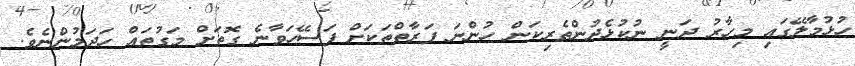
ހުޅުމާލޭގައި މިހާރު ދަނީ ނުކުޅެދުންތެރިކަން ހުންނަ ފަރާތްތަކަށް ފަސޭހަވާނެ ގޮތަށް މަގުތައް ހަދަމުންނެވެ.